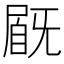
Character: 𡲽